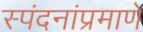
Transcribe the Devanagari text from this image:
स्पंदनांप्रमाणे